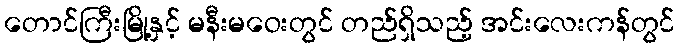
တောင်ကြီးမြို့နှင့် မနီးမဝေးတွင် တည်ရှိသည့် အင်းလေးကန်တွင်